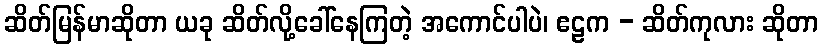
ဆိတ်မြန်မာဆိုတာ ယခု ဆိတ်လို့ခေါ်နေကြတဲ့ အကောင်ပါပဲ၊ ဧဠက - ဆိတ်ကုလား ဆိုတာ